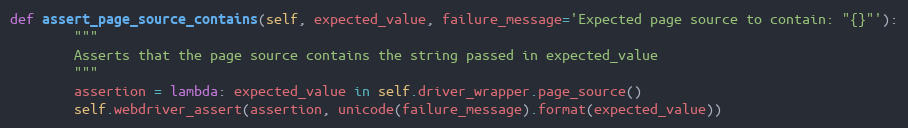
Language: Python
def assert_page_source_contains(self, expected_value, failure_message='Expected page source to contain: "{}"'):
        """
        Asserts that the page source contains the string passed in expected_value
        """
        assertion = lambda: expected_value in self.driver_wrapper.page_source()
        self.webdriver_assert(assertion, unicode(failure_message).format(expected_value))